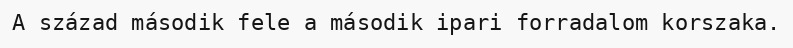
A század második fele a második ipari forradalom korszaka.